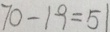
7 0 - 1 9 = 5 1